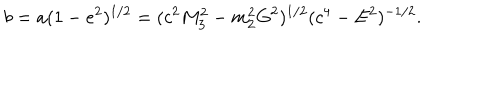
b = a ( 1 - e ^ { 2 } ) ^ { 1 / 2 } = ( c ^ { 2 } M _ { 3 } ^ { 2 } - m _ { 2 } ^ { 2 } G ^ { 2 } ) ^ { 1 / 2 } ( c ^ { 4 } - E ^ { 2 } ) ^ { - 1 / 2 } .